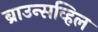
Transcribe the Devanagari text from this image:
ब्राउन्सव्हिल